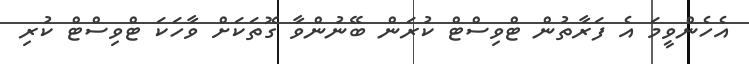
އެހެންވީމަ އެ ފަރާތުން ޓްވިސްޓް ކުރަން ބޭނުންވާ ގޮތަކަށް ވާހަކަ ޓްވިސްޓް ކުރި